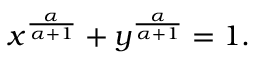
x ^ { \frac { \alpha } { \alpha + 1 } } + y ^ { \frac { \alpha } { \alpha + 1 } } = 1 .